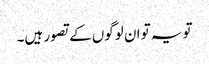
تو یہ تو ان لوگوں کے تصور ہیں۔